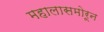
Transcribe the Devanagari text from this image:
महालासमोरून